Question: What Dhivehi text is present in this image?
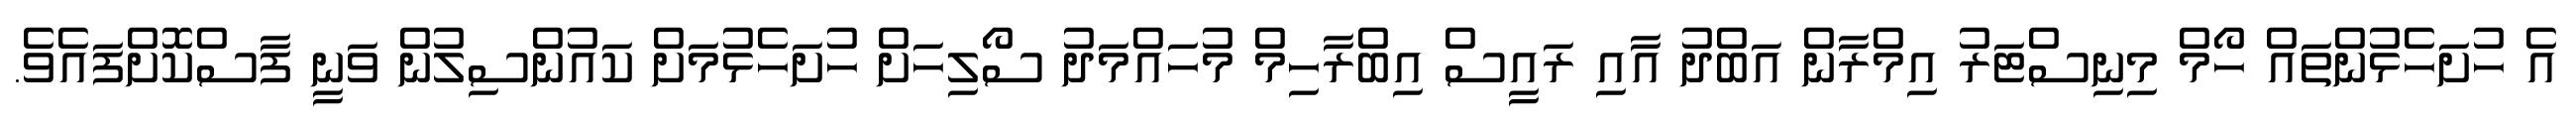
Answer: އެ ހުށަހެޅުންތައް ހޯމް މިނިސްޓަރު އިމްރާން އަބްދު އާއި ރައީސް އިބްރާހިމް މުހައްމަދު ސޯލިހަށް ހުށަހެޅުމަށް ކައުންސިލުން ވަނީ ފާސްކޮށްފައެވެ.